Sketch of the medical history of the native army of Bombay, for the year
Year: 1872
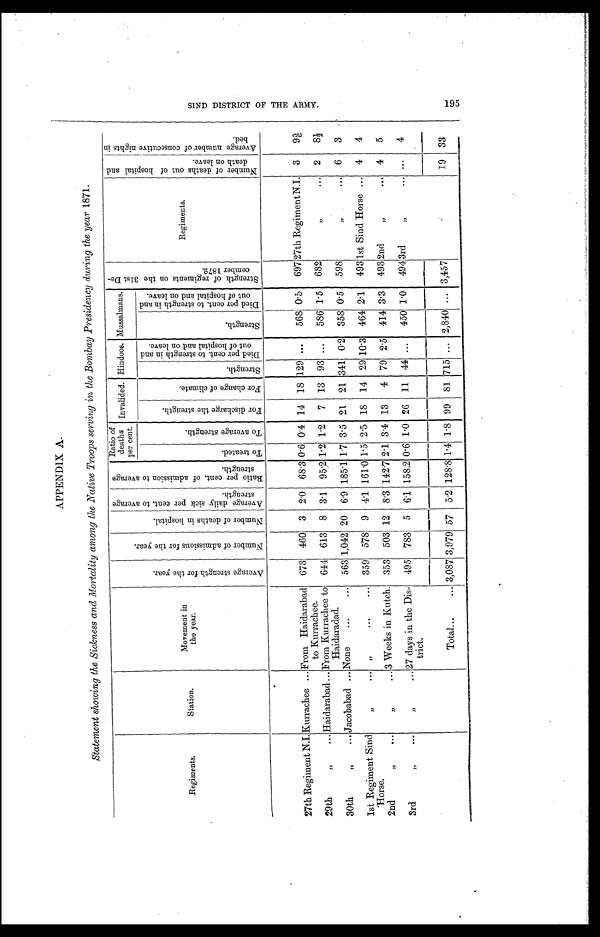
Statement showing the Sickness and Mortality among the Native Troops serving in the Bombay Presidency during the year 1871.
Regiments .
Station.
Movement in
the year.
A v e r a g e s t r e n g t h f o r t h e y e a r .
N u m b e r o f a d m i s s i o n f o r t h e y e a r .
N u m b e r o f d e a t h s i n h o s p i t a l .
A v e r a g e d a i l y s i c k p e r c e n t . t o a v e r a g e s t r e n g t h .
R a t i o p e r c e n t o f a d m i s s i o n t o a v e r a g e s t r e n g t h .
R a t i o o f d e a t h s p e r c e n t .
Invalided.
Hindoos.
Mussalmans.
S t r e n g t h o f r e g i m e n t s o n t h e 3 1 s t D e - c e m b e r 1 8 7 2 .
Regiments.
N u m b e r o f d e a t h s o u t o f h o s p i t a l a n d d e a t h s o n l e a v e .
A v e r a g e n u m b e r o f c o n s e c u t i v e n i g h t s i n b e d .
T o t r e a t e d .
T o a v e r a g e s t r e n g t h .
F o r d i s c h a r g e t h e s t r e n g t h .
F o r c h a n g e o f c l i m a t e .
S t r e n g t h .
D i e d p e r c e n t t o s t r e n g t h i n a n d o u t o f h o s p i t a l a n d o n l e a v e .
S t r e n g t h .
D i e d p e r c e n t t o s t r e n g t h i n a n d o u t o f h o s p i t a l a n d o n l e a v e .
27th Regiment N. I. Kurrachee
From Haidarabad
to Kurrachee.
673 460 3 2.0 68.3 0.6 0.4 14 18 129 ...
568 0.5 697 27th Regiment N.I. 3
9 5/6
29th " ...
Haidarabad From Kurrachee to
Haidaradad.
644 613 8 3.1 95.2 1.2 1.2
7 13 93 ...
586 1.5
682
" ...
2
8½
30th " ...
Jacobabad
None
563 1,042 20 6.9 185.1 1.7 3.5 21 21 341 0.2 358 0.5
598
" ...
6
3
1st Regiment Sind
Horse.
" ...
" ...
359 578 9 4.1 161.0 1.5 2.5 18 14 29 10.3 464 2.1
493
1st Sind Horse 4
4
2nd " ...
" ...
3 Weeks in Kutch. 353 503 12 8.3 142.7 2.1 3.4 13
4 79 2.5 414 3.3
493 2nd "
4
5
3rd " ...
" ...
27 days in the Dis-
trict.
495 783
5
6.1 158.2 0.6
1 . 02 6
11 44 ...
450
1.0
494
3 r d " . . .
...
4
Total
3,087 3,979 57 5.2 128.8 1.4 1.8 99 81 715 ... 2,840 ... 3,457
19 33
S I N D D I S T R I C T O F T H E A R M Y .
195